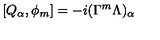
[ Q _ { \alpha } , \phi _ { m } ] = - i ( \Gamma ^ { m } \Lambda ) _ { \alpha }